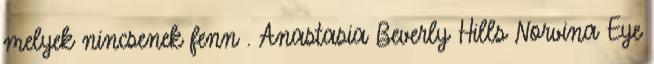
melyek nincsenek fenn . Anastasia Beverly Hills Norvina Eye